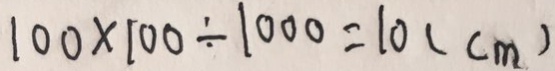
1 0 0 \times 1 0 0 \div 1 0 0 0 = 1 0 ( c m )